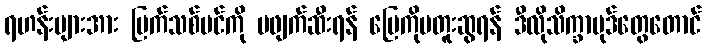
ရဟန်းများအား မြက်သစ်ပင်ကို မဖျက်ဆီးရန် မြေကိုမတူးဆွရန် ဒီလိုသိက္ခာပုဒ်တွေတောင်